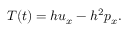
\begin{array} { r } { T ( t ) = h u _ { x } - h ^ { 2 } p _ { x } . } \end{array}